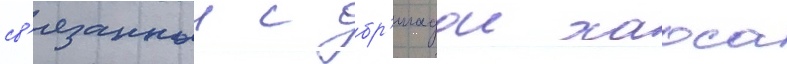
св'язанныи с бр'игадои хаоса